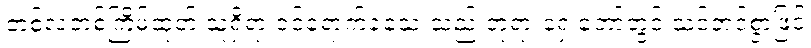
တစ်လတစ်ကြိမ်ထုတ် သူရှိရာ ဝင်ရောက်ခဲ့သေးသည် ဘုရားရှေ့တော်တွင် သင့်တင့်စွာဖြင့်